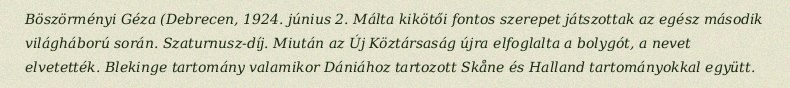
Böszörményi Géza (Debrecen, 1924. június 2. Málta kikötői fontos szerepet játszottak az egész második világháború során. Szaturnusz-díj. Miután az Új Köztársaság újra elfoglalta a bolygót, a nevet elvetették. Blekinge tartomány valamikor Dániához tartozott Skåne és Halland tartományokkal együtt.